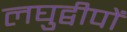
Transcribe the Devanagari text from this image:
लघुद्वीपों